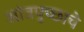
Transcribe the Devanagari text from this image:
आंत्रपुच्छाचे